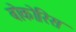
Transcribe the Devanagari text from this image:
बोकोरिस